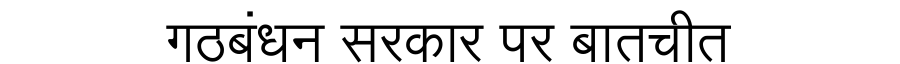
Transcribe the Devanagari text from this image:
गठबंधन सरकार पर बातचीत